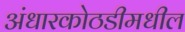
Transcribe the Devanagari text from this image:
अंधारकोठडीमधील